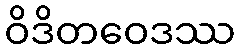
ဝိဒိတဝေဒဿ